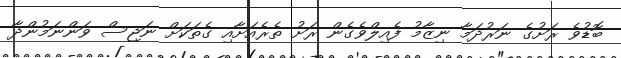
ބޮޑުވެ ރަށުގެ ނަރުދަމާ ނިޒާމު ފެއިލްވެގެން ރަށު ތެރެއަށާއި ގެތަކަށް ނަޖިސް ވަންނަމުންދާ